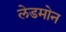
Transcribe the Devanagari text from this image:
लेडमोन